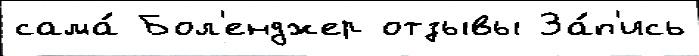
сама́ Бол'енджер отзывы За́п'ись